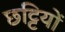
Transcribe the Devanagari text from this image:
छट्टियों